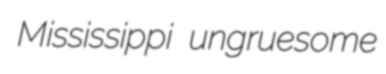
Mississippi ungruesome